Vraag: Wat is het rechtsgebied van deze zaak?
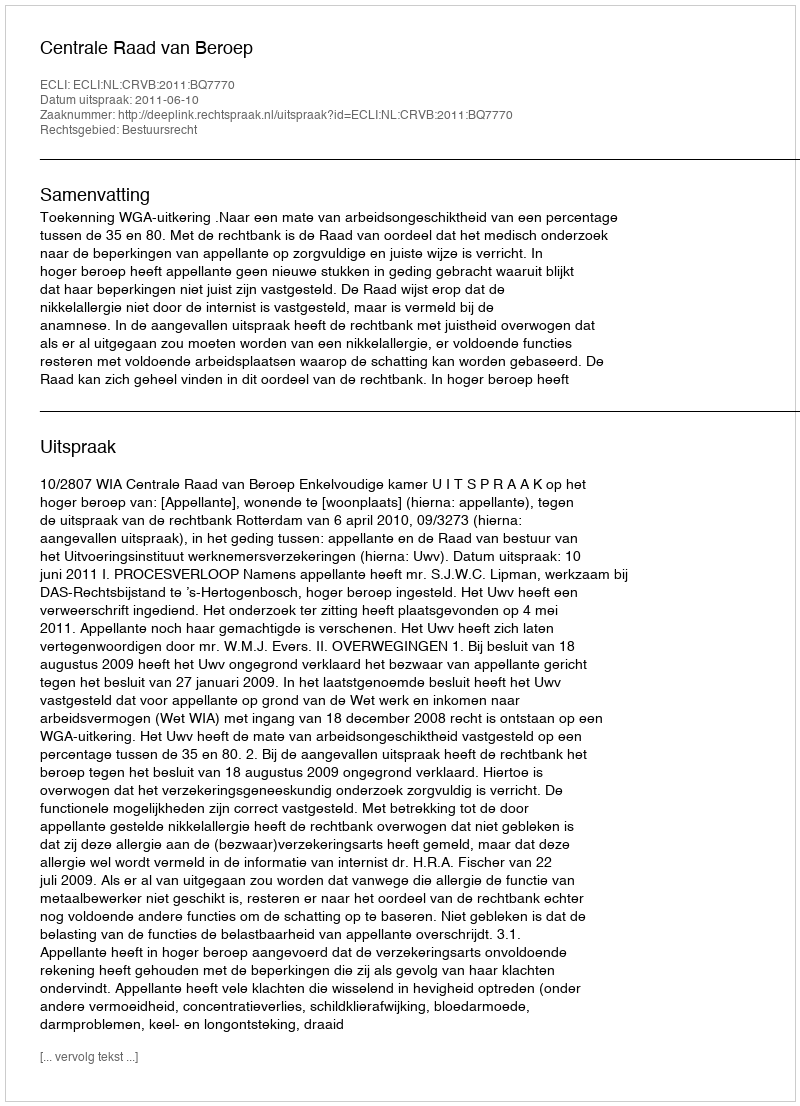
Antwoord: Bestuursrecht